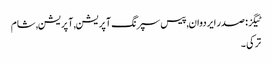
ٹیگز: صدر ایردوان , پیس سپرنگ آپریشن , آپریشن , شام
ترکی ۔